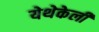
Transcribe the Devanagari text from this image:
येथेकेली